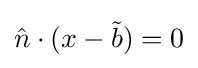
{\hat {n}}\cdot (x-{\tilde {b}})=0